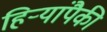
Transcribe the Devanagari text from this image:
हिर्‍यांपैकी